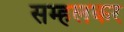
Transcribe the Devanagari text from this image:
सम्हलकर